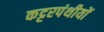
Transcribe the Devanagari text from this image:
कट्टरपंथीयों